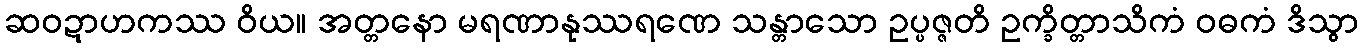
ဆဝဍာဟကဿ ဝိယ။ အတ္တနော မရဏာနုဿရဏေ သန္တာသော ဥပ္ပဇ္ဇတိ ဥက္ခိတ္တာသိကံ ဝဓကံ ဒိသွာ